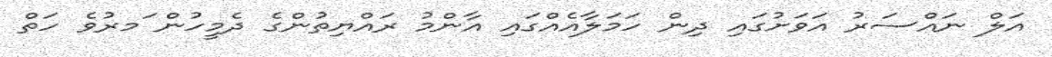
އަލް ނައްސަރު އަވަށުގައި ދިން ހަމަލާއެއްގައި އާންމު ރައްޔިތުންގެ ދެމީހުން ަމރުވެ ހަތް